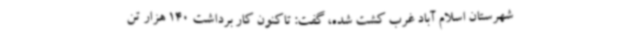
شهرستان اسلام آباد غرب کشت شده، گفت: تاکنون کار برداشت 140 هزار تن